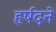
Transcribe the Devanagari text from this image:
हर्षदने